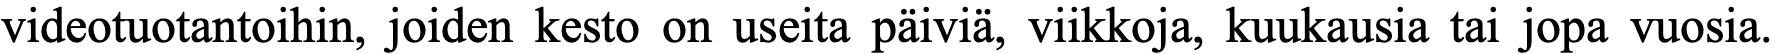
videotuotantoihin, joiden kesto on useita päiviä, viikkoja, kuukausia tai jopa vuosia.